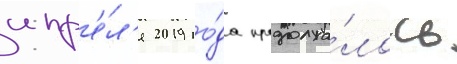
апр'е́л'я 2019 го́да продолжа́лось